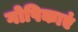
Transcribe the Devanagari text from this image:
गोपिकाएं